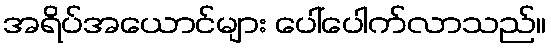
အရိပ်အယောင်များ ပေါ်ပေါက်လာသည်။